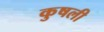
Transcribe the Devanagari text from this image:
कुषली